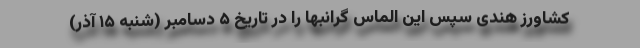
کشاورز هندی سپس این الماس گرانبها را در تاریخ ۵ دسامبر (شنبه ۱۵ آذر)